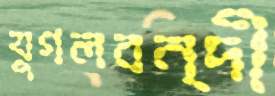
যুগলবন্দী